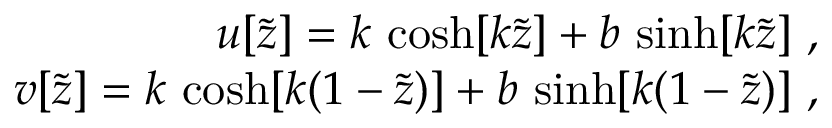
\begin{array} { r } { u [ \widetilde { z } ] = k \, \cosh [ k \widetilde { z } ] + b \, \sinh [ k \widetilde { z } ] \ , \ } \\ { v [ \widetilde { z } ] = k \, \cosh [ k ( 1 - \widetilde { z } ) ] + b \, \sinh [ k ( 1 - \widetilde { z } ) ] \ , \ } \end{array}